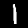
Digit: 1